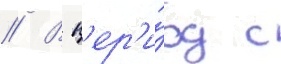
// В п'ер'и́од с